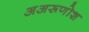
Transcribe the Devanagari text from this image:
अअरूणोश